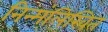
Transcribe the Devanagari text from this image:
निन्म्ंलिखित